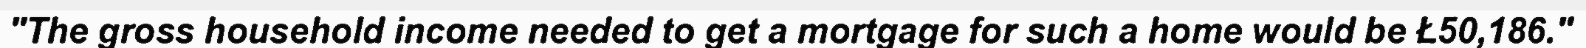
"The gross household income needed to get a mortgage for such a home would be £50,186."